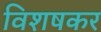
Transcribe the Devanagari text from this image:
विशषकर